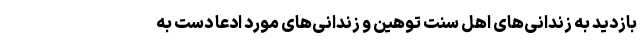
بازدید به زندانی‌های اهل سنت توهین و زندانی‌های مورد ادعا دست به